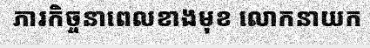
ភារកិច្ចនាពេលខាងមុខ លោកនាយក